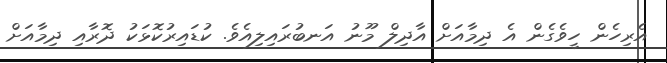
އެރިހެން ހީވެގެން އެ ދިމާއަށް އާދިލް މޫނު އަނބުރައިލިއެވެ. ކުޑައިރުކޮޅަކު ދޮރާއި ދިމާއަށް